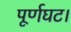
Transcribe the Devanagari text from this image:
पूर्णघट।